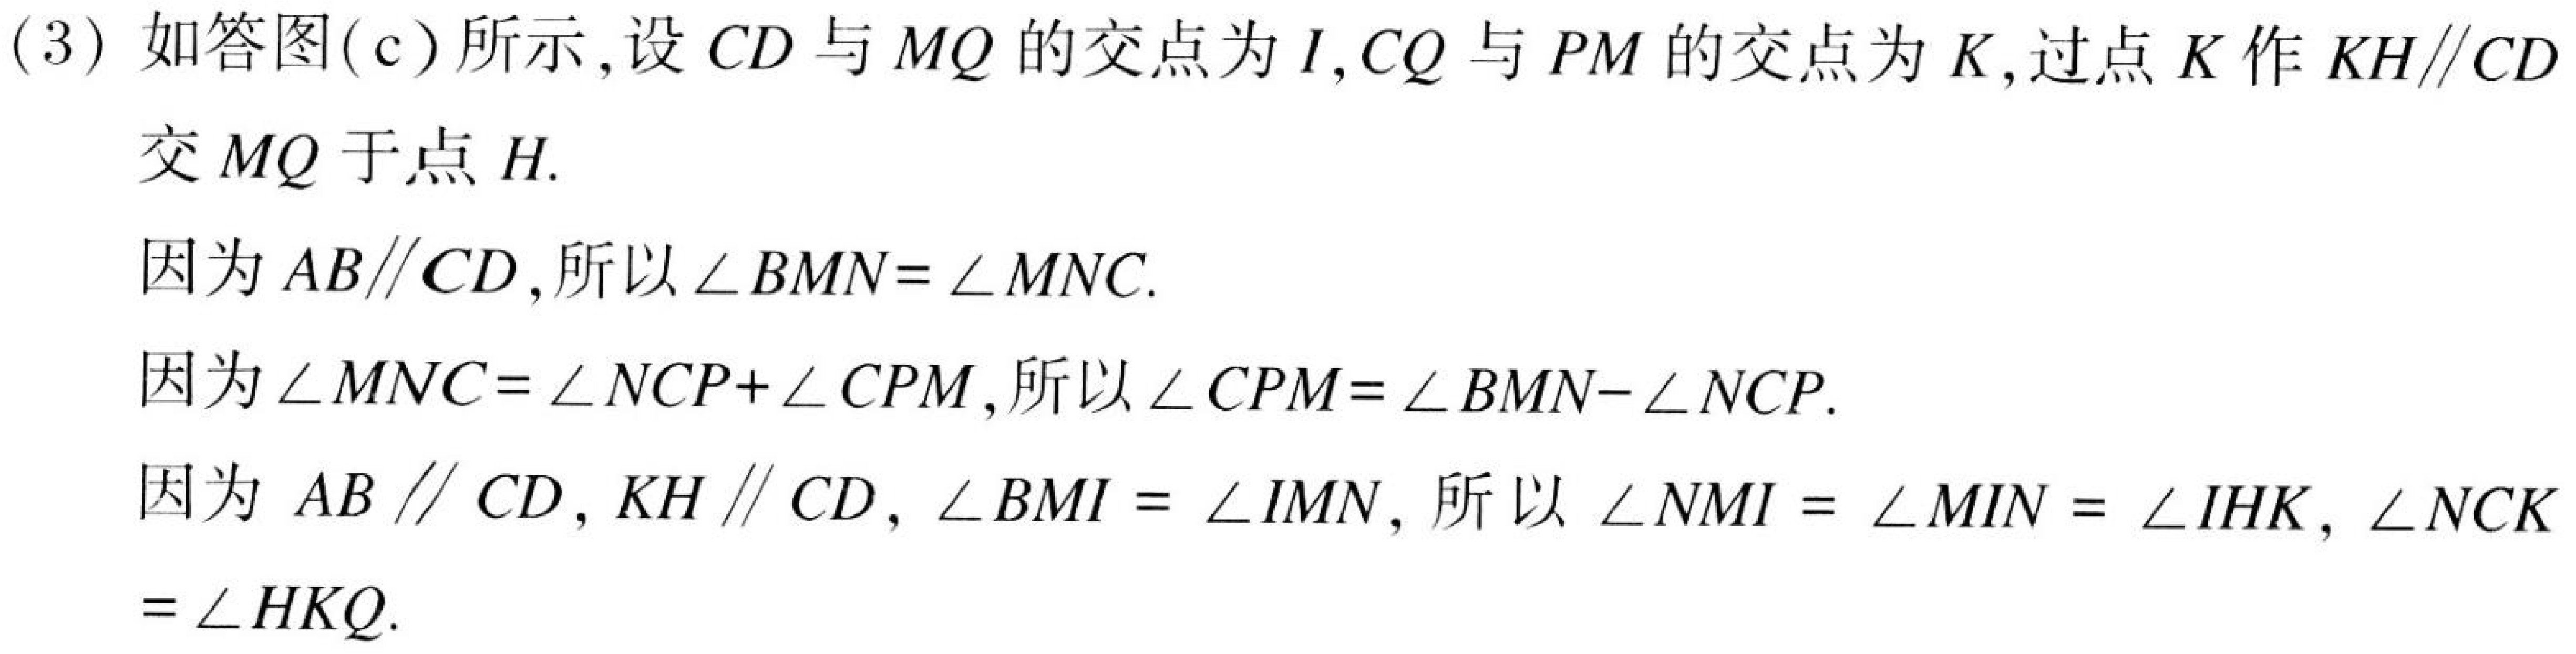
(3) 如答图(c)所示,设$CD$与$MQ$的交点为$I$,$CQ$与$PM$的交点为$K$,过点$K$作$KH\parallel CD$
交$MQ$于点$H$.
因为$AB\parallel CD$,所以$\angle BMN=\angle MNC$.
因为$\angle MNC=\angle NCP+\angle CPM$,所以$\angle CPM=\angle BMN - \angle NCP$.
因为$AB\parallel CD$,$KH\parallel CD$,$\angle BMI=\angle IMN$,所以$\angle NMI=\angle MIN=\angle IHK$,$\angle NCK$
$=\angle HKQ$.